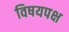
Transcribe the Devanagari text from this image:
विषयपक्ष